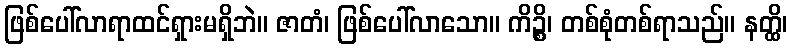
ဖြစ်ပေါ်လာရာထင်ရှားမရှိဘဲ။ ဇာတံ၊ ဖြစ်ပေါ်လာသော။ ကိဉ္စိ၊ တစ်စုံတစ်ရာသည်။ နတ္ထိ၊